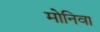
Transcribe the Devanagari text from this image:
मोनिवा